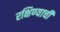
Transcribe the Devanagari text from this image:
रक्षिण्याची